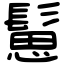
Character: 䰄